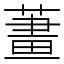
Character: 𦹓